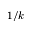
1 / k